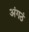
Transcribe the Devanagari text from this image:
अंगठं